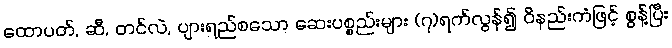
ထောပတ်, ဆီ, တင်လဲ, ပျားရည်စသော ဆေးပစ္စည်းများ (၇)ရက်လွန်၍ ဝိနည်းကံဖြင့် စွန့်ပြီး